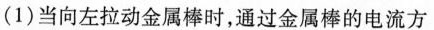
(1)当向左拉动金属棒时，通过金属棒的电流方